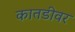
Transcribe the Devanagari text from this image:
कातडीवर